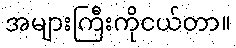
အများကြီးကိုငယ်တာ။